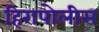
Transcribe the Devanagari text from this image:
हिरापोलीस